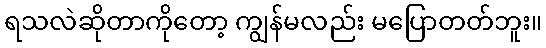
ရသလဲဆိုတာကိုတော့ ကျွန်မလည်း မပြောတတ်ဘူး။